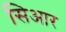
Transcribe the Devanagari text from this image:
सिआर